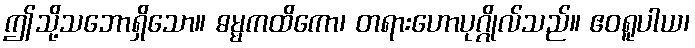
ဤသို့သဘောရှိသော။ ဓမ္မကထိကော၊ တရားဟောပုဂ္ဂိုလ်သည်။ ဧဝရူပါယ၊